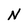
Character: N